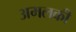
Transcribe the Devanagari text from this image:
अमलकी